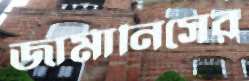
জার্মানিসের